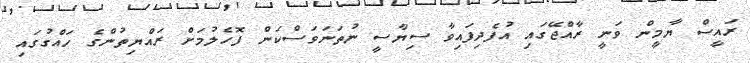
ރައީސް ޔާމީން ވަނީ ރާއްޖޭގައި އުފެދިފައިވާ ސިޔާސީ ނުތަނަވަސްކަން ފޮހެލުމަށް ރައްޔިތުންގެ ހައްގުގައި